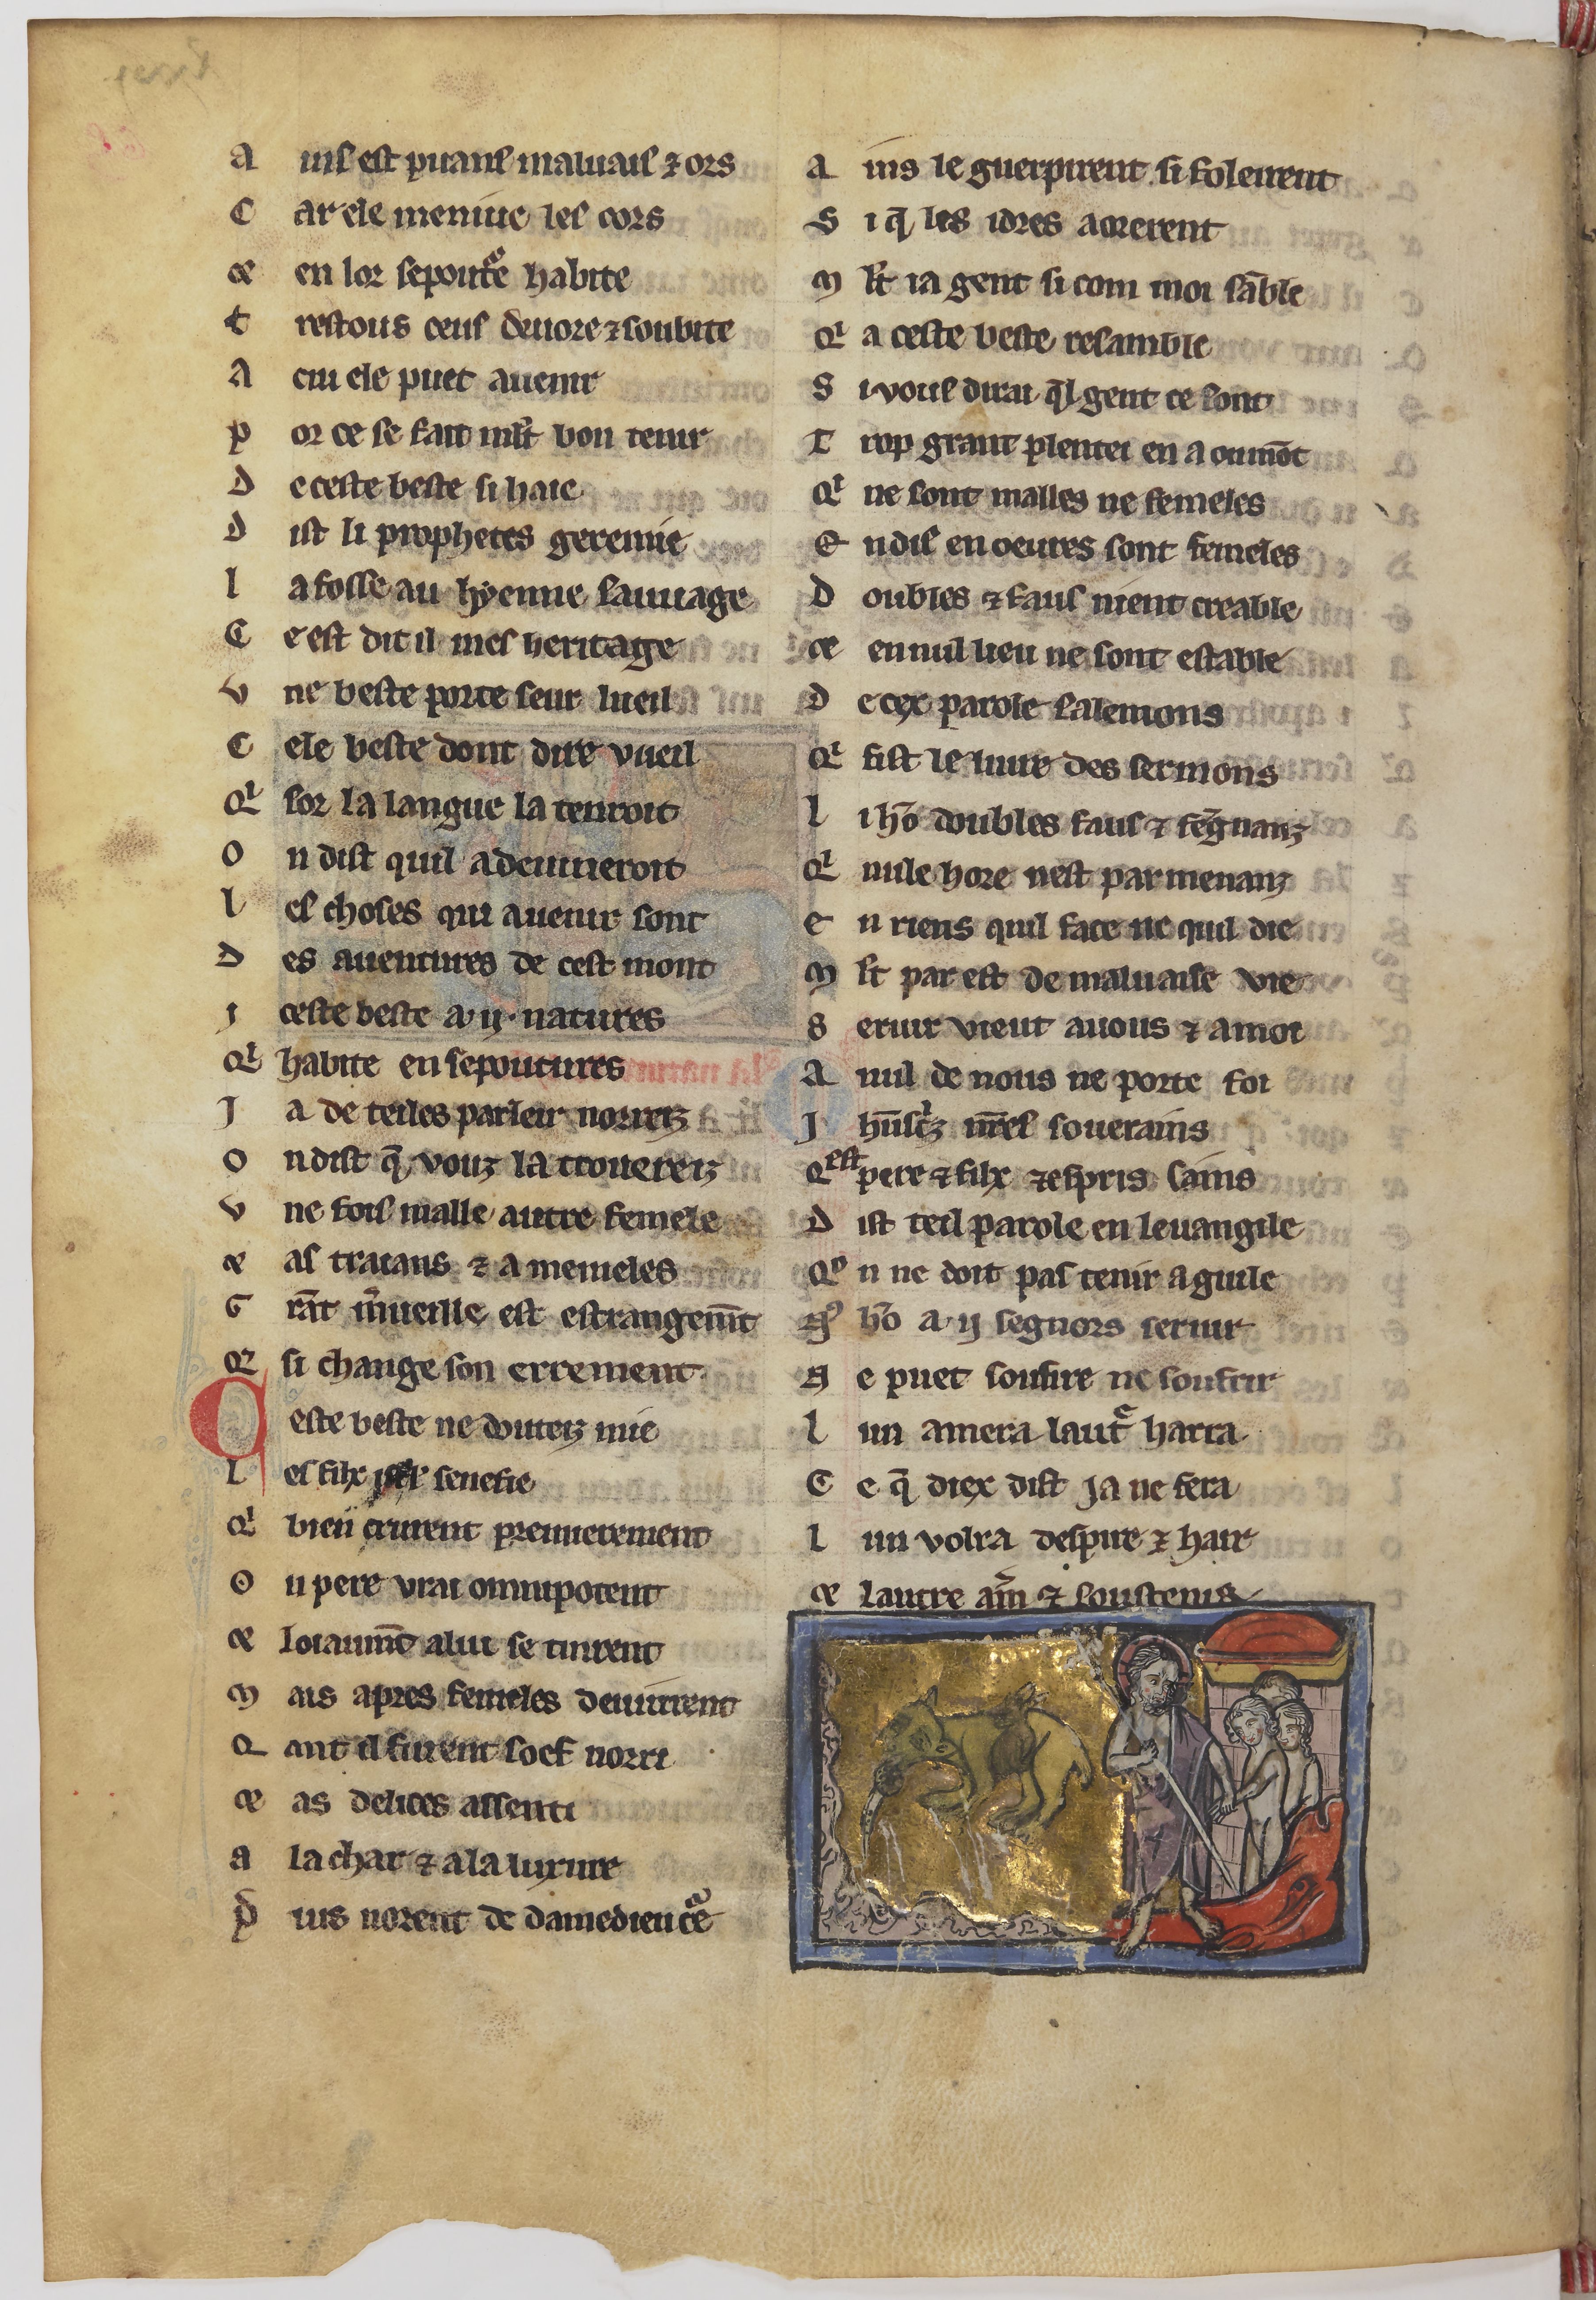
Shelfmark: Paris, BnF, fr. 24428
Century: 13